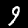
Digit: 9